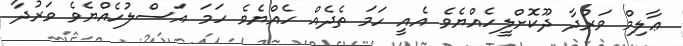
ޢާލިމް ވަރުދާ ދޫކޮށްލީހެއްޔެވެ އެއީ ހަމަ ތެދެއް ހެއްޔެވެ ހަމަ އަސްލުހެއްޔެވެ ވަރުދާ